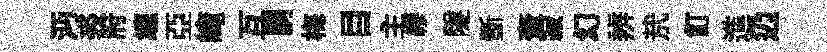
沔裘府缠亞崦互嗣梅目主繆隧斵奎寂幻辨㢤飣進辸